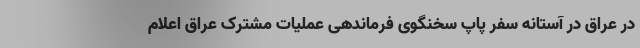
در عراق در آستانه سفر پاپ سخنگوی فرماندهی عملیات مشترک عراق اعلام